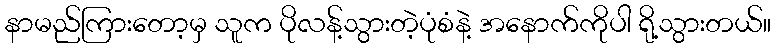
နာမည်ကြားတော့မှ သူက ပိုလန့်သွားတဲ့ပုံစံနဲ့ အနောက်ကိုပါ ရို့သွားတယ်။